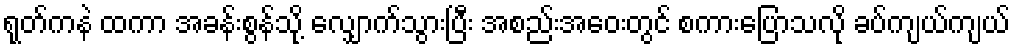
ရုတ်ကနဲ ထကာ အခန်းစွန်သို့ လျှောက်သွားပြီး အစည်းအဝေးတွင် စကားပြောသလို ခပ်ကျယ်ကျယ်